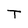
Character: T